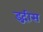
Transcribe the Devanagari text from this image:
इद्गीस